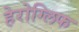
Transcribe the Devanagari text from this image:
हेरोग्लिफ